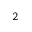
^ { 2 }